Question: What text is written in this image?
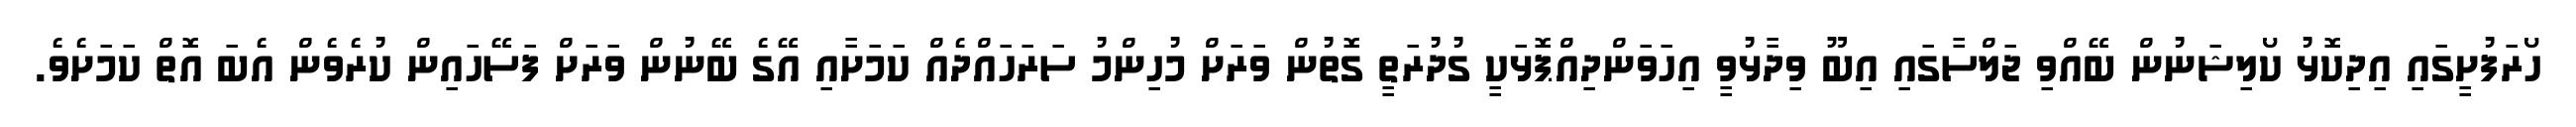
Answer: ހޯރަފުށީގައި އިދިކޮޅު ކޯލިޝަނުން ބޭއްވި ޖަލްސާގައި އިބޫ ވިދާޅުވީ އިހަވަންދިއްޕޮޅަކީ ގުދުރަތީ ގޮތުން ވަރަށް މުހިންމު ސަރަހައްދެއް ކަމަށާއި އޭގެ ބޭނުން ވަރަށް ފަސޭހައިން ކުރެވެން އެބަ އޮތް ކަމަށެވެ.